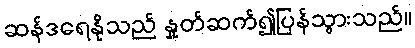
ဆန်ဒရေနိုသည် နှုတ်ဆက်၍ပြန်သွားသည်။